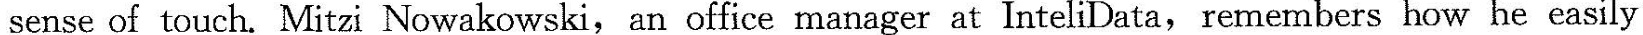
sense of touch. Mitzi Nowakowski,an office manager at InteliData, remembers how he easily